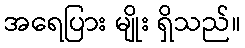
အရေပြား မျိုး ရှိသည်။